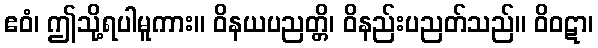
ဧဝံ၊ ဤသို့ရပါမူကား။ ဝိနယပညတ္တိ၊ ဝိနည်းပညတ်သည်။ ဝိဝဋာ၊